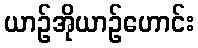
ယာဉ်အိုယာဉ်ဟောင်း